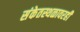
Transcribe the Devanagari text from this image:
संकेतस्थळावरही